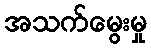
အသက်မွေးမှု